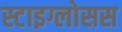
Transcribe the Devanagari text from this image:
स्टाइग्लोसस